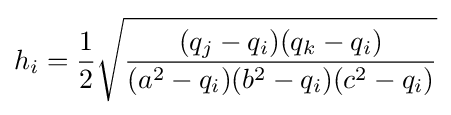
h_{i}={\frac {1}{2}}{\sqrt {\frac {(q_{j}-q_{i})(q_{k}-q_{i})}{(a^{2}-q_{i})(b^{2}-q_{i})(c^{2}-q_{i})}}}